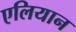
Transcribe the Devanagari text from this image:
एलियान